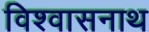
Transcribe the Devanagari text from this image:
विश्वासनाथ